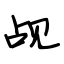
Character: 觇